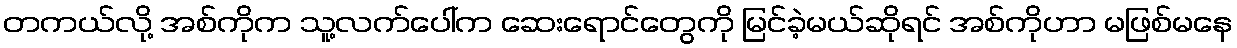
တကယ်လို့ အစ်ကိုက သူ့လက်ပေါ်က ဆေးရောင်တွေကို မြင်ခဲ့မယ်ဆိုရင် အစ်ကိုဟာ မဖြစ်မနေ